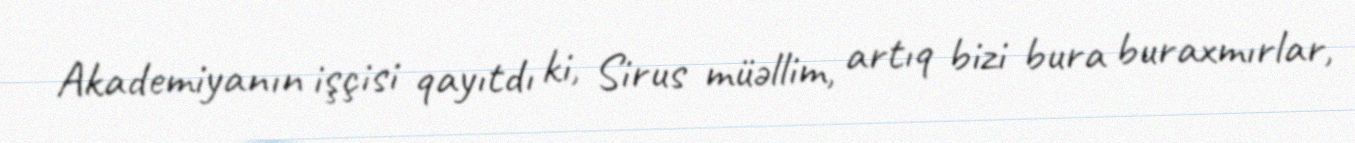
Akademiyanın işçisi qayıtdı ki, Sirus müəllim, artıq bizi bura buraxmırlar,